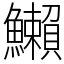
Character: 䲚